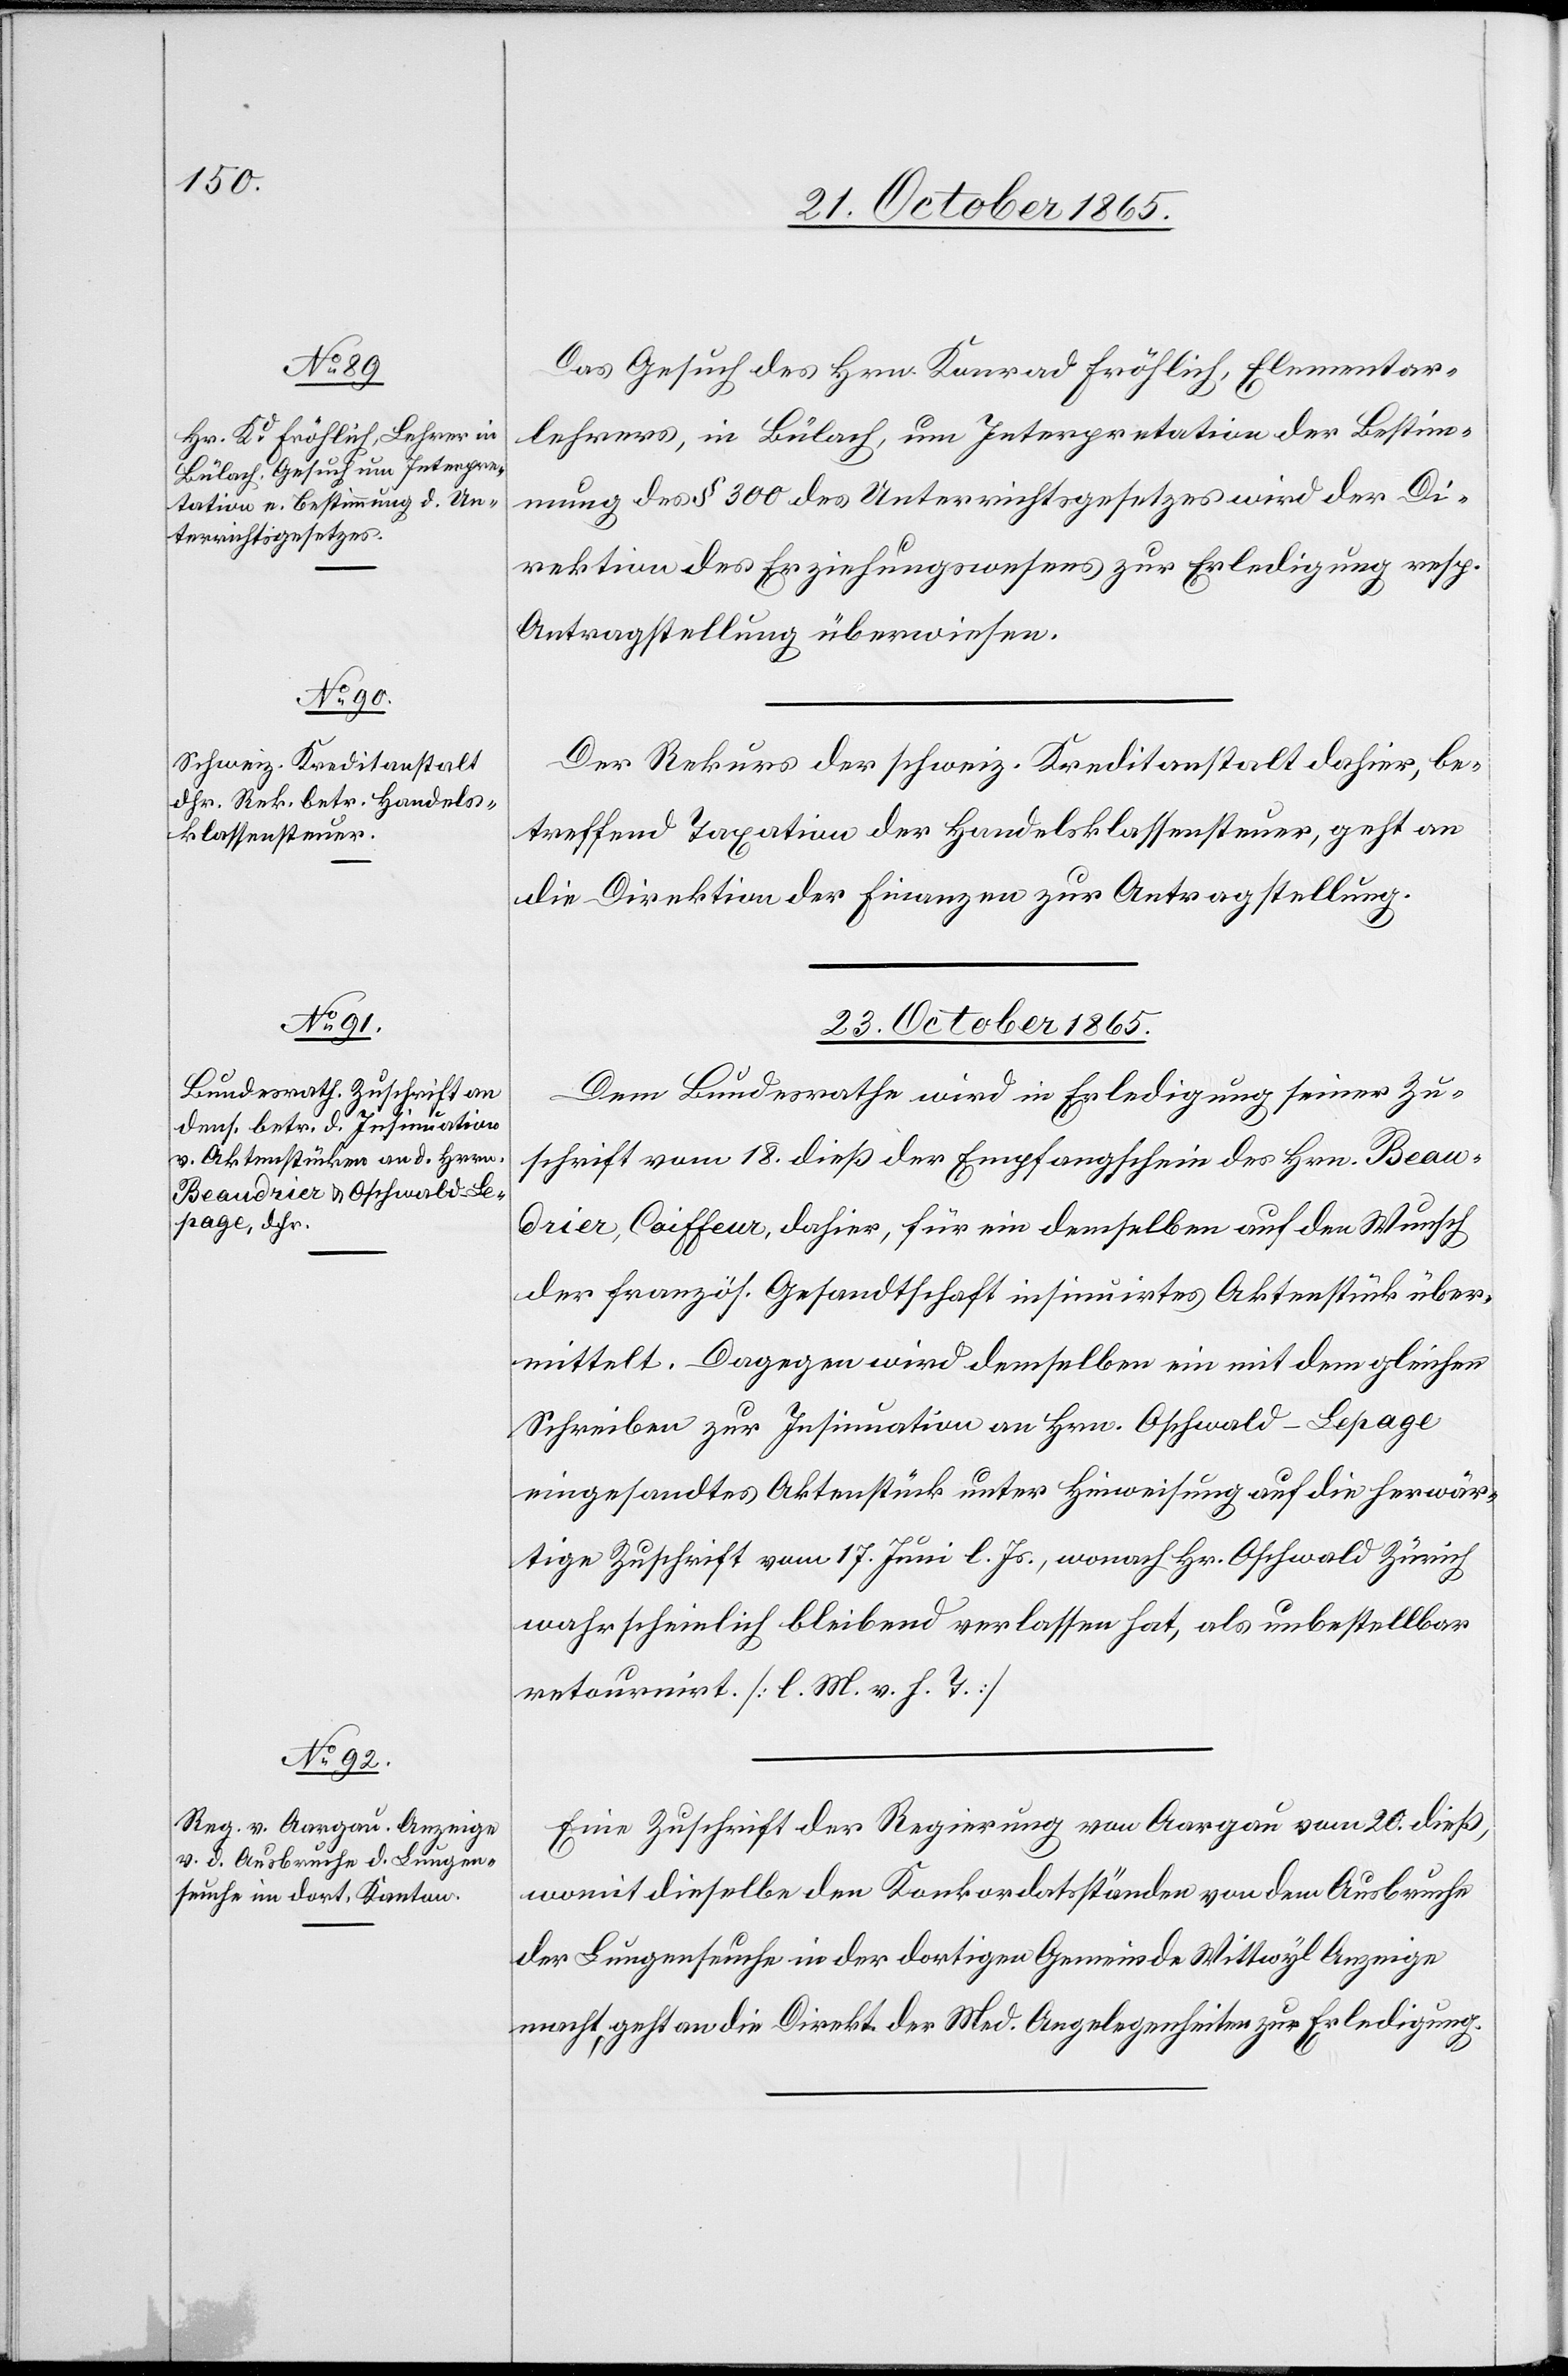
22. October 1865.
Das Gesuch des Hrn. Konrad Fröhlich, Elementar¬
lehrers, in Bülach, um Interpretation der Bestim¬
mung des § 300 des Unterrichtsgesetzes wird der Di¬
rektion des Erziehungswesens zur Erledigung resp.
Antragstellung überwiesen.
Der Rekurs der schweiz. Kreditanstalt dahier, be¬
treffend Taxation der Handelsklassensteuer, geht an
die Direktion der Finanzen zur Antragstellung.
23. October 1865.]
Dem Bundesrathe wird in Erledigung seiner Zu¬
schrift vom 18. dieß der Empfangschein des Hrn. Beau¬
drier, Coiffeur, dahier, für ein demselben auf den Wunsch
der französ. Gesandtschaft insinuirtes Aktenstück über¬
mittelt. Dagegen wird demselben ein mit dem gleichen
Schreiben zur Insinuation an Hrn. Oschwald-Lepage
eigesandtes Aktenstück unter Hinweisung auf die herwär¬
tige Zuschrift vom 17. Juni l. Js., wonach Hr. Oschwald Zürich
wahrscheinlich bleibend verlassen hat, als unbestellbar
retournirt. [l. M. v. h. T.]
Eine Zuschrift der Regierung von Aargau vom 20. dieß,
womit dieselbe den Konkordatsständen von dem Ausbruche
der Lungenseuche in der dortigen Gemeinde Wittwyl Anzeige
macht, geht an die Direkt. der Med. Angelegenheiten zur Erledigung.